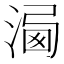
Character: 𣹍